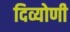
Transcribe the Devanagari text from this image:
दिव्योणी